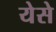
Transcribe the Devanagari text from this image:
येसे